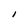
Character: I